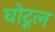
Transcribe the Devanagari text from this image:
घोटूल